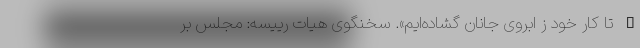
– تا کار خود ز ابروی جانان گشاده‌ایم». سخنگوی هیات رییسه: مجلس بر